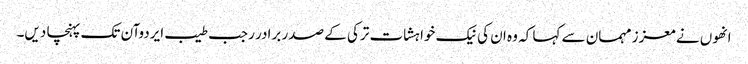
انھوں نے معزز مہمان سے کہا کہ وہ ان کی نیک خواہشات ترکی کے صدر برادر رجب طیب ایردوآن تک پہنچا دیں۔